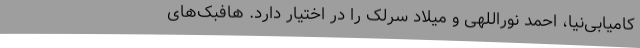
کامیابی‌نیا، احمد نوراللهی و میلاد سرلک را در اختیار دارد. هافبک‌های